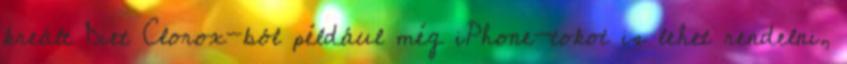
kreált Diet Clorox-ból például még iPhone-tokot is lehet rendelni,